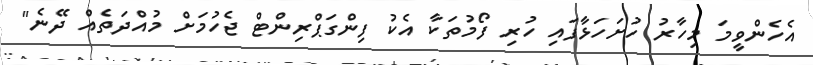
އެހެންވީމަ މިހާރު ހުށަހަޅާފައި ހުރި ފޯމުތަކާ އެކު ފިންގަޕްރިންޓް ޖެހުމަށް މުއްދަތެއް ދޭނެ"